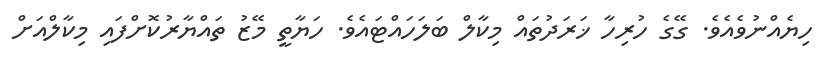
ހިޔެއްނުވެއެވެ. ގޭގެ ހުރިހާ ޚަރަދުތައް މިކާލް ބަލަހައްޓައެވެ. ހަޔާތީ މޭޒު ތައްޔާރުކޮށްފައި މިކާލްއަށް